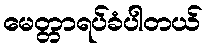
မေတ္တာရပ်ခံပါတယ်